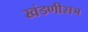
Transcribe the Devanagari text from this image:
खंडणीसत्र